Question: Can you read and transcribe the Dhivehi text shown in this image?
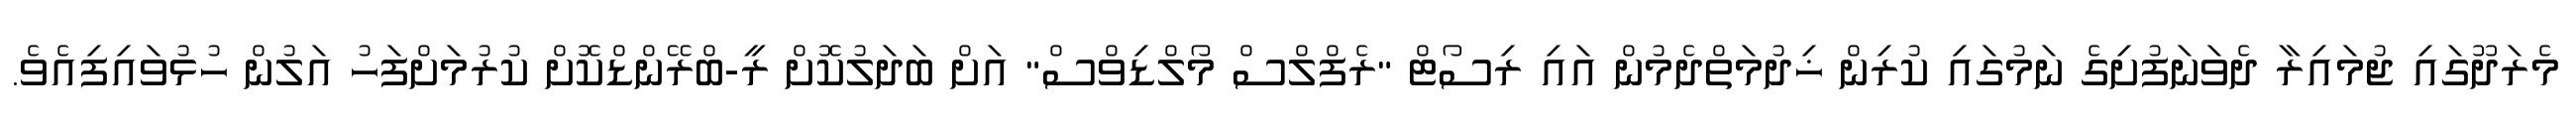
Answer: މެރަދޫގައި ޖުމައިރާ ދެވަނަފުށިގެ ނަމުގައި ކުރިން ޚިދުމަތްދެމުން އައި ރިސޯޓް "ރެފްލްސް މޯލްޑިވްސް" އަށް ބަދަލުކޮށް ރީ-ބްރޭންޑްކޮށް ކުރުމަށްފަހު އަލުން ހުޅުވައިފިއެވެ.